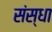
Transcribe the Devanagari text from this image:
संस्धा